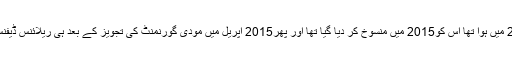
مکیش امبانی کی RIL کے ساتھ جو معاہدہ 2012 میں ہوا تھا اس کو2015 میں منسوخ کر دیا گیا تھا اور پھر2015 اپریل میں مودی گورنمنٹ کی تجویز کے بعد ہی ریلائنس ڈیفنس لمیٹڈ کو رافیل ڈیل میں ساجھے دار بنایا گیا تھا۔